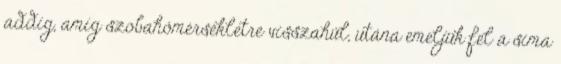
addig, amíg szobahőmérsékletre visszahűl, utána emeljük fel a sima